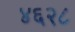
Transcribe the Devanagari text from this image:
४६२८